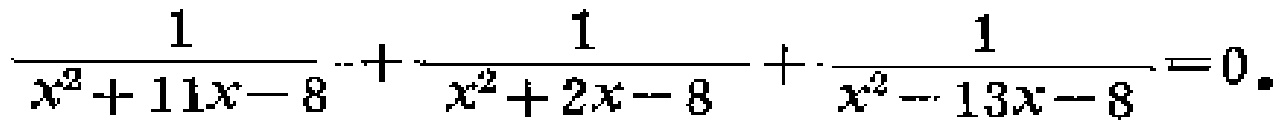
$\frac{1}{x^{2}+11x - 8}+\frac{1}{x^{2}+2x - 8}+\frac{1}{x^{2}-13x - 8}=0.$